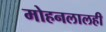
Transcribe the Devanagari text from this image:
मोहनलालही